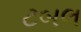
ટબલ